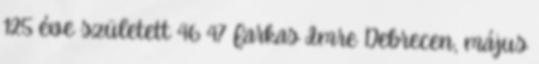
125 éve született 46 47 Farkas Imre Debrecen, május